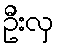
ဦးလှ